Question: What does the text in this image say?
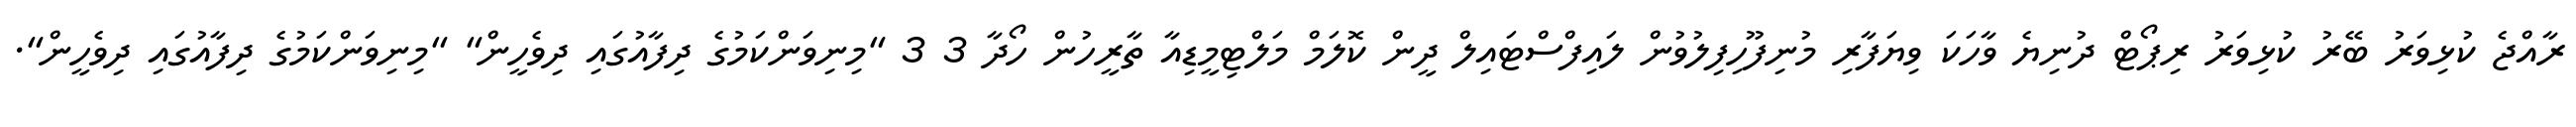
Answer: ރާއްޖެ ކުޅިވަރު ބޭރު ކުޅިވަރު ރިޕޯޓް ދުނިޔެ ވާހަކަ ވިޔަފާރި މުނިފޫހިފިލުވުން ލައިފްސްޓައިލް ދީން ކޮލަމް މަލްޓިމީޑިއާ ތާރީހުން ހޯދާ 3 3 "މިނިވަންކަމުގެ ދިފާއުގައި ދިވެހީން" "މިނިވަންކަމުގެ ދިފާއުގައި ދިވެހީން".